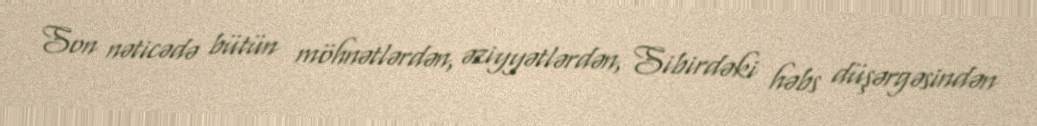
Son nəticədə bütün möhnətlərdən, əziyyətlərdən, Sibirdəki həbs düşərgəsindən